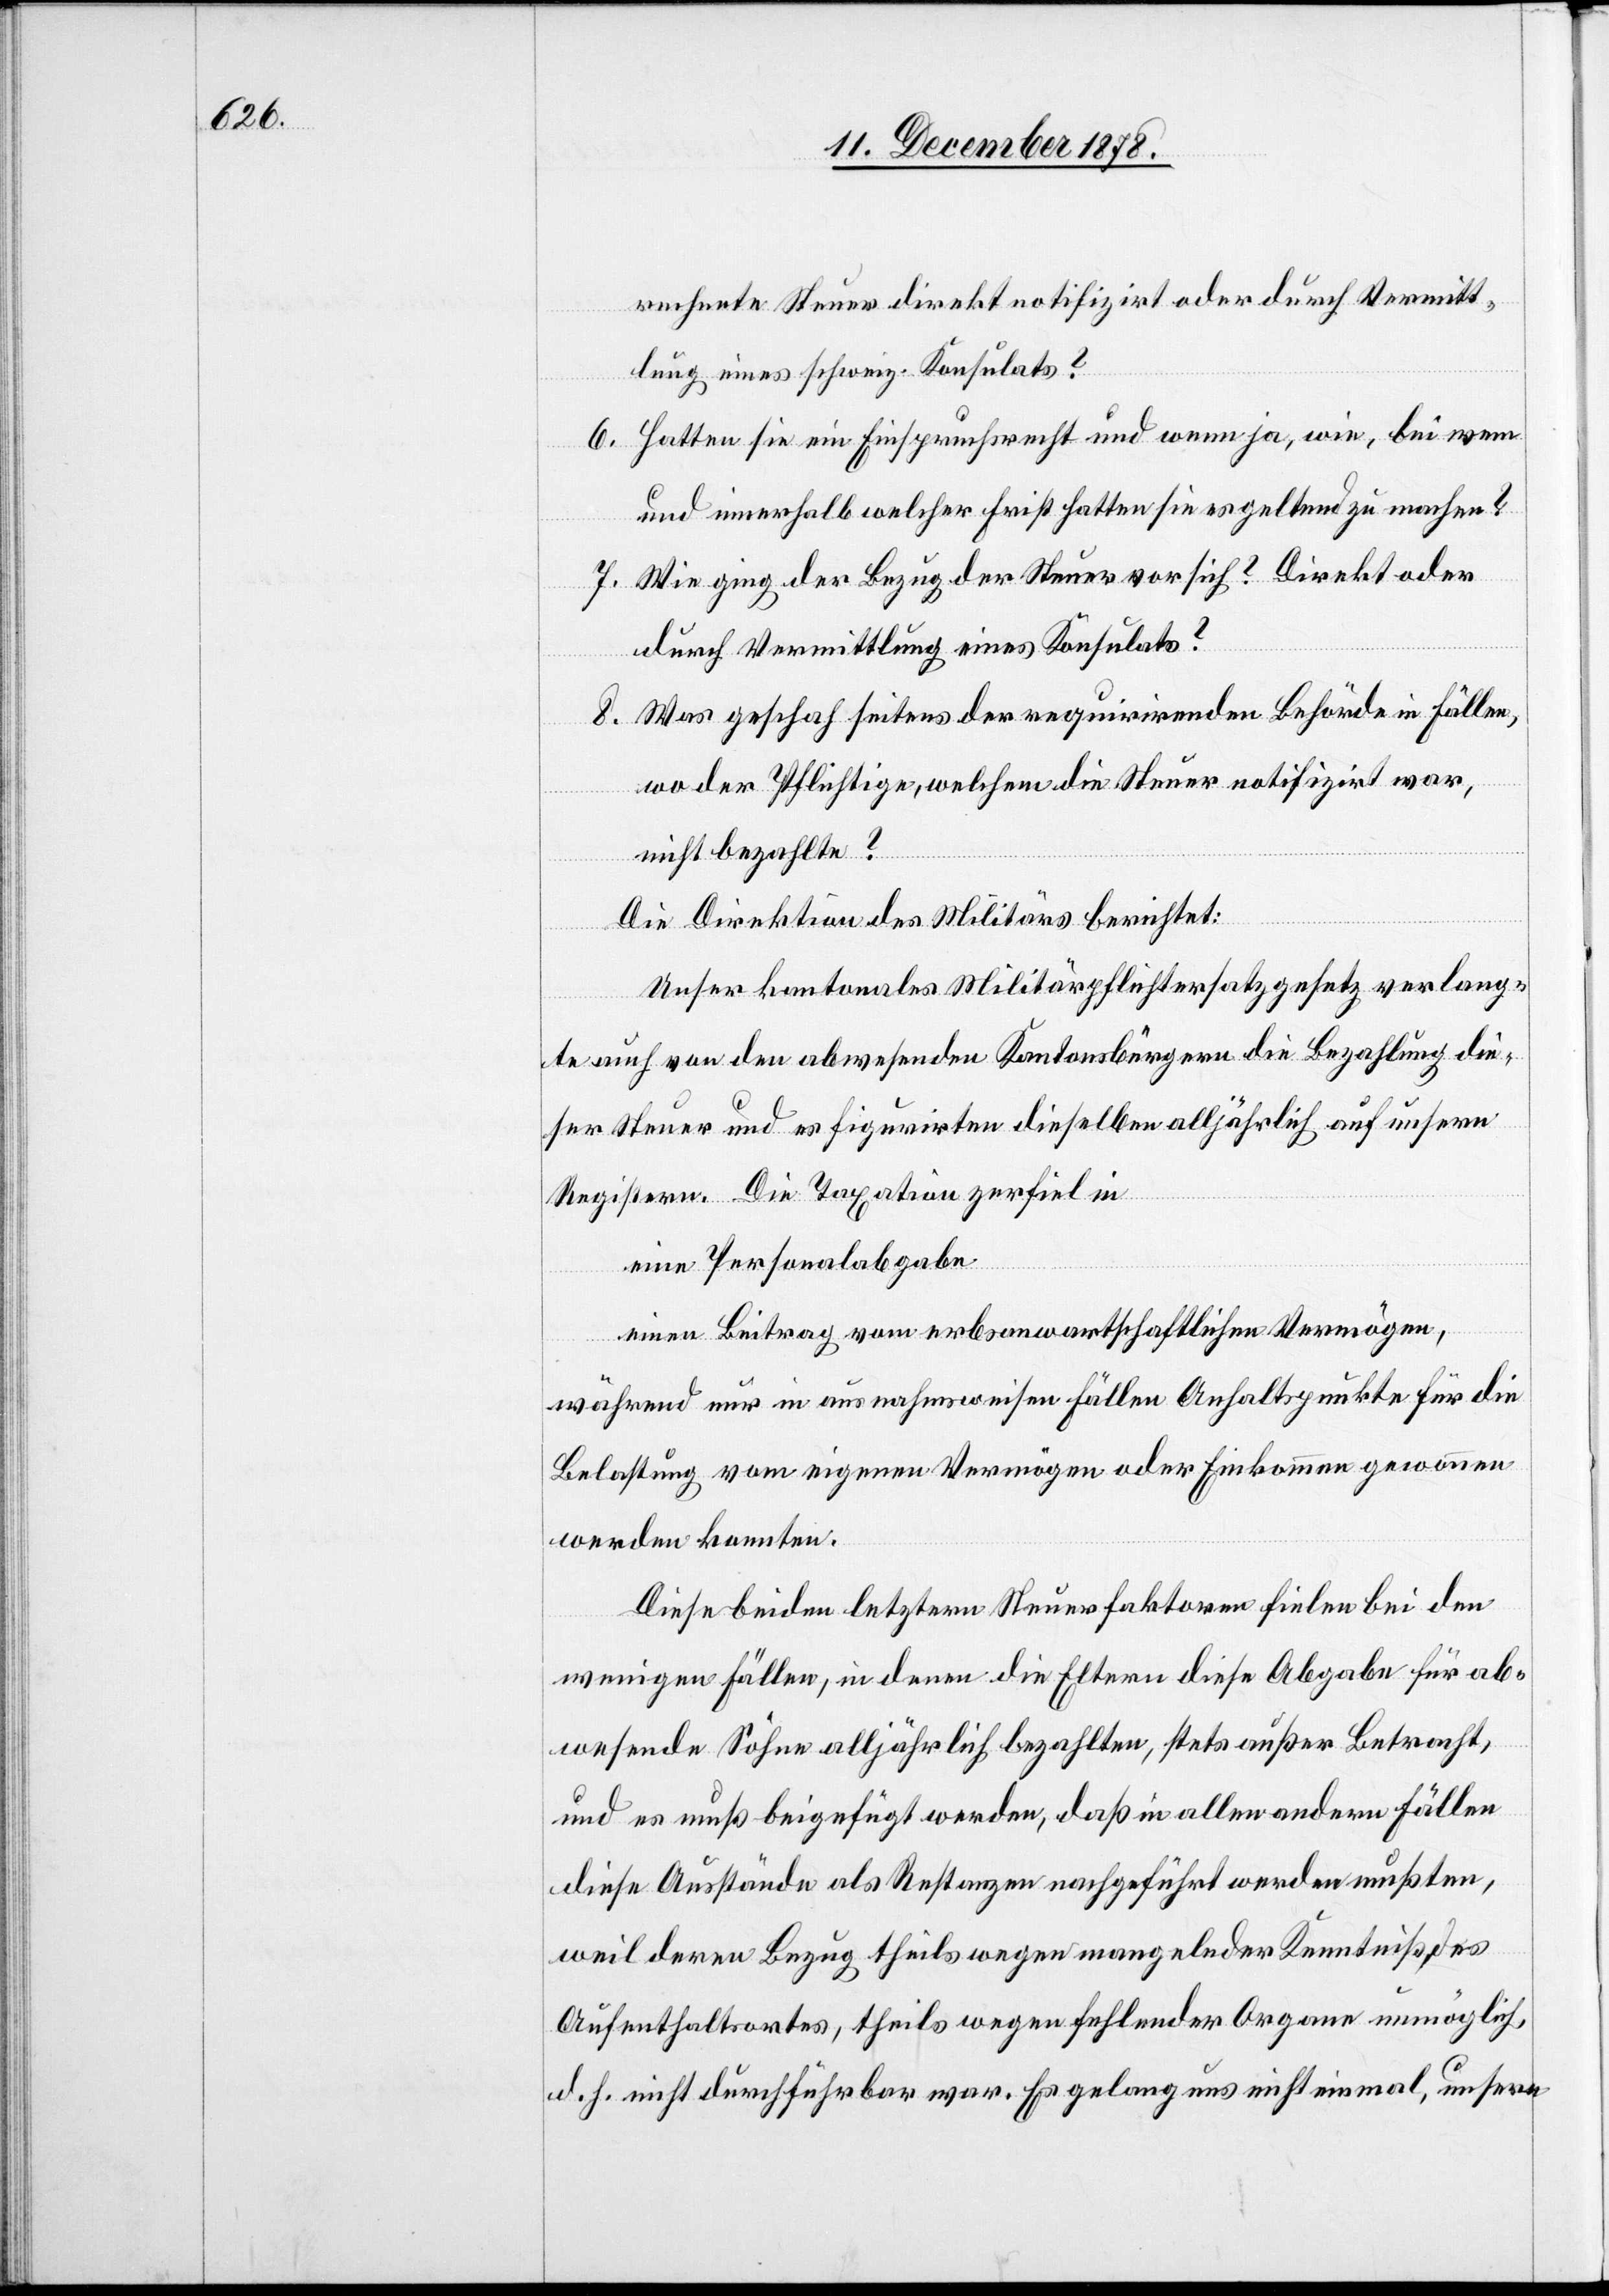
rechnete Steuer direkt notifizirt oder durch Vermitt¬
lung eines schweiz. Konsulats?
6. Hatten sie ein Einspruchsrecht und wenn ja, wie, bei wem
und innerhalb welcher Frist hatten sie es geltend zu machen?
7. Wie ging der Bezug der Steuer vor sich? Direkt oder
durch Vermittlung eines Konsulats?
8. Was geschah seitens der requirirenden Behörde in Fällen,
wo der Pflichtige, welchem die Steuer notifizirt war,
nicht bezahlte?
Die Direktion des Militärs berichtet:
Unser kantonales Militärpflichtersatzgesetz verlang¬
te auch von den abwesenden Kantonsbürgern die Bezahlung die¬
ser Steuer und es figurirten dieselben alljährlich auf unsern
Registern. Die Taxation zerfiel in
eine Personalabgabe
einen Beitrag vom erbsanwarthschaftlichen Vermögen,
während nur in ausnahmsweisen Fällen Anhaltspunkte für die
Belastung vom eigenen Vermögen oder Einkommen genommen
werden konnten.
Diese beiden letztern Steuerfaktoren fielen bei den
wenigen Fällen, in denen die Eltern diese Abgabe für ab¬
wesende Söhne alljährlich bezahlten, stets außer Betracht,
und es muß beigefügt werden, daß in allen andern Fällen
diese Ausstände als Restanzen nachgeführt werden mußten,
weil deren Bezug theils wegen mangelnder Kenntniß, des
Aufenthaltortes, theils wegen fehlender Organe unmöglich,
d. h. nicht durchführbar war. Es gelang uns nicht einmal, unsere